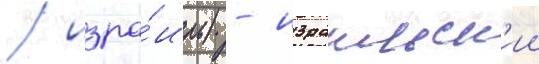
/ изра́иль) - израильск'ии